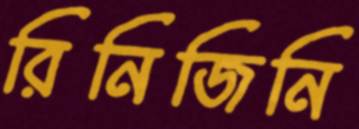
রিনিজিনি